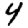
Digit: 4